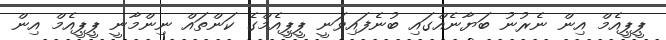
ޕީޕީއެމް އިން ނެރުނު ބަޔާނެއްގައި ބުނެފައިވަނީ ޕީޕީއެމްގެ ކަންތައް ނިންމާނީ ޕީޕީއެމް އިން